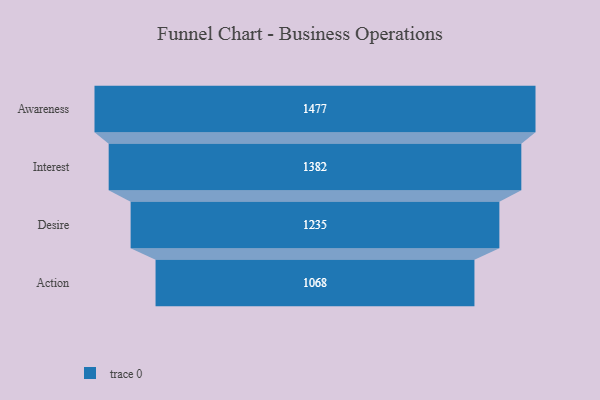
{"axis": {"x": "Stage", "y": "Value"}, "legend": [""], "data": [{"x": "Awareness", "y": 1477.0, "type": ""}, {"x": "Interest", "y": 1382.0, "type": ""}, {"x": "Desire", "y": 1235.0, "type": ""}, {"x": "Action", "y": 1068.0, "type": ""}]}